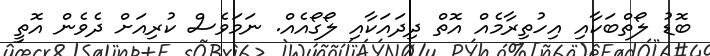
ބޮޑު ލޯތްބަކާއި އިހުތިރާމެއް އޮތް ދިދައަކާއި ލޯގޯއެއް. ނަމަވެސް ކުރިއަށް ދެވެން އޮތީ